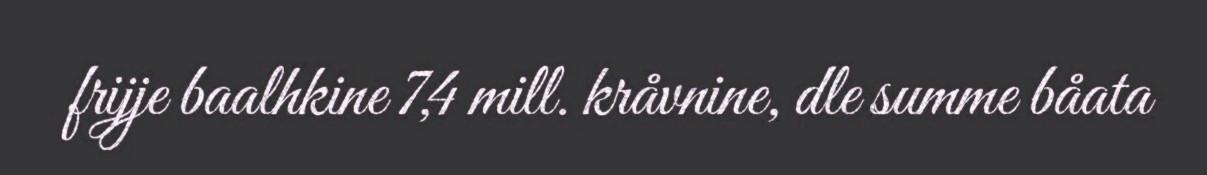
frijje baalhkine 7,4 mill. kråvnine, dle summe båata